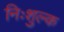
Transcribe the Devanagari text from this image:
निःशुल्‍क